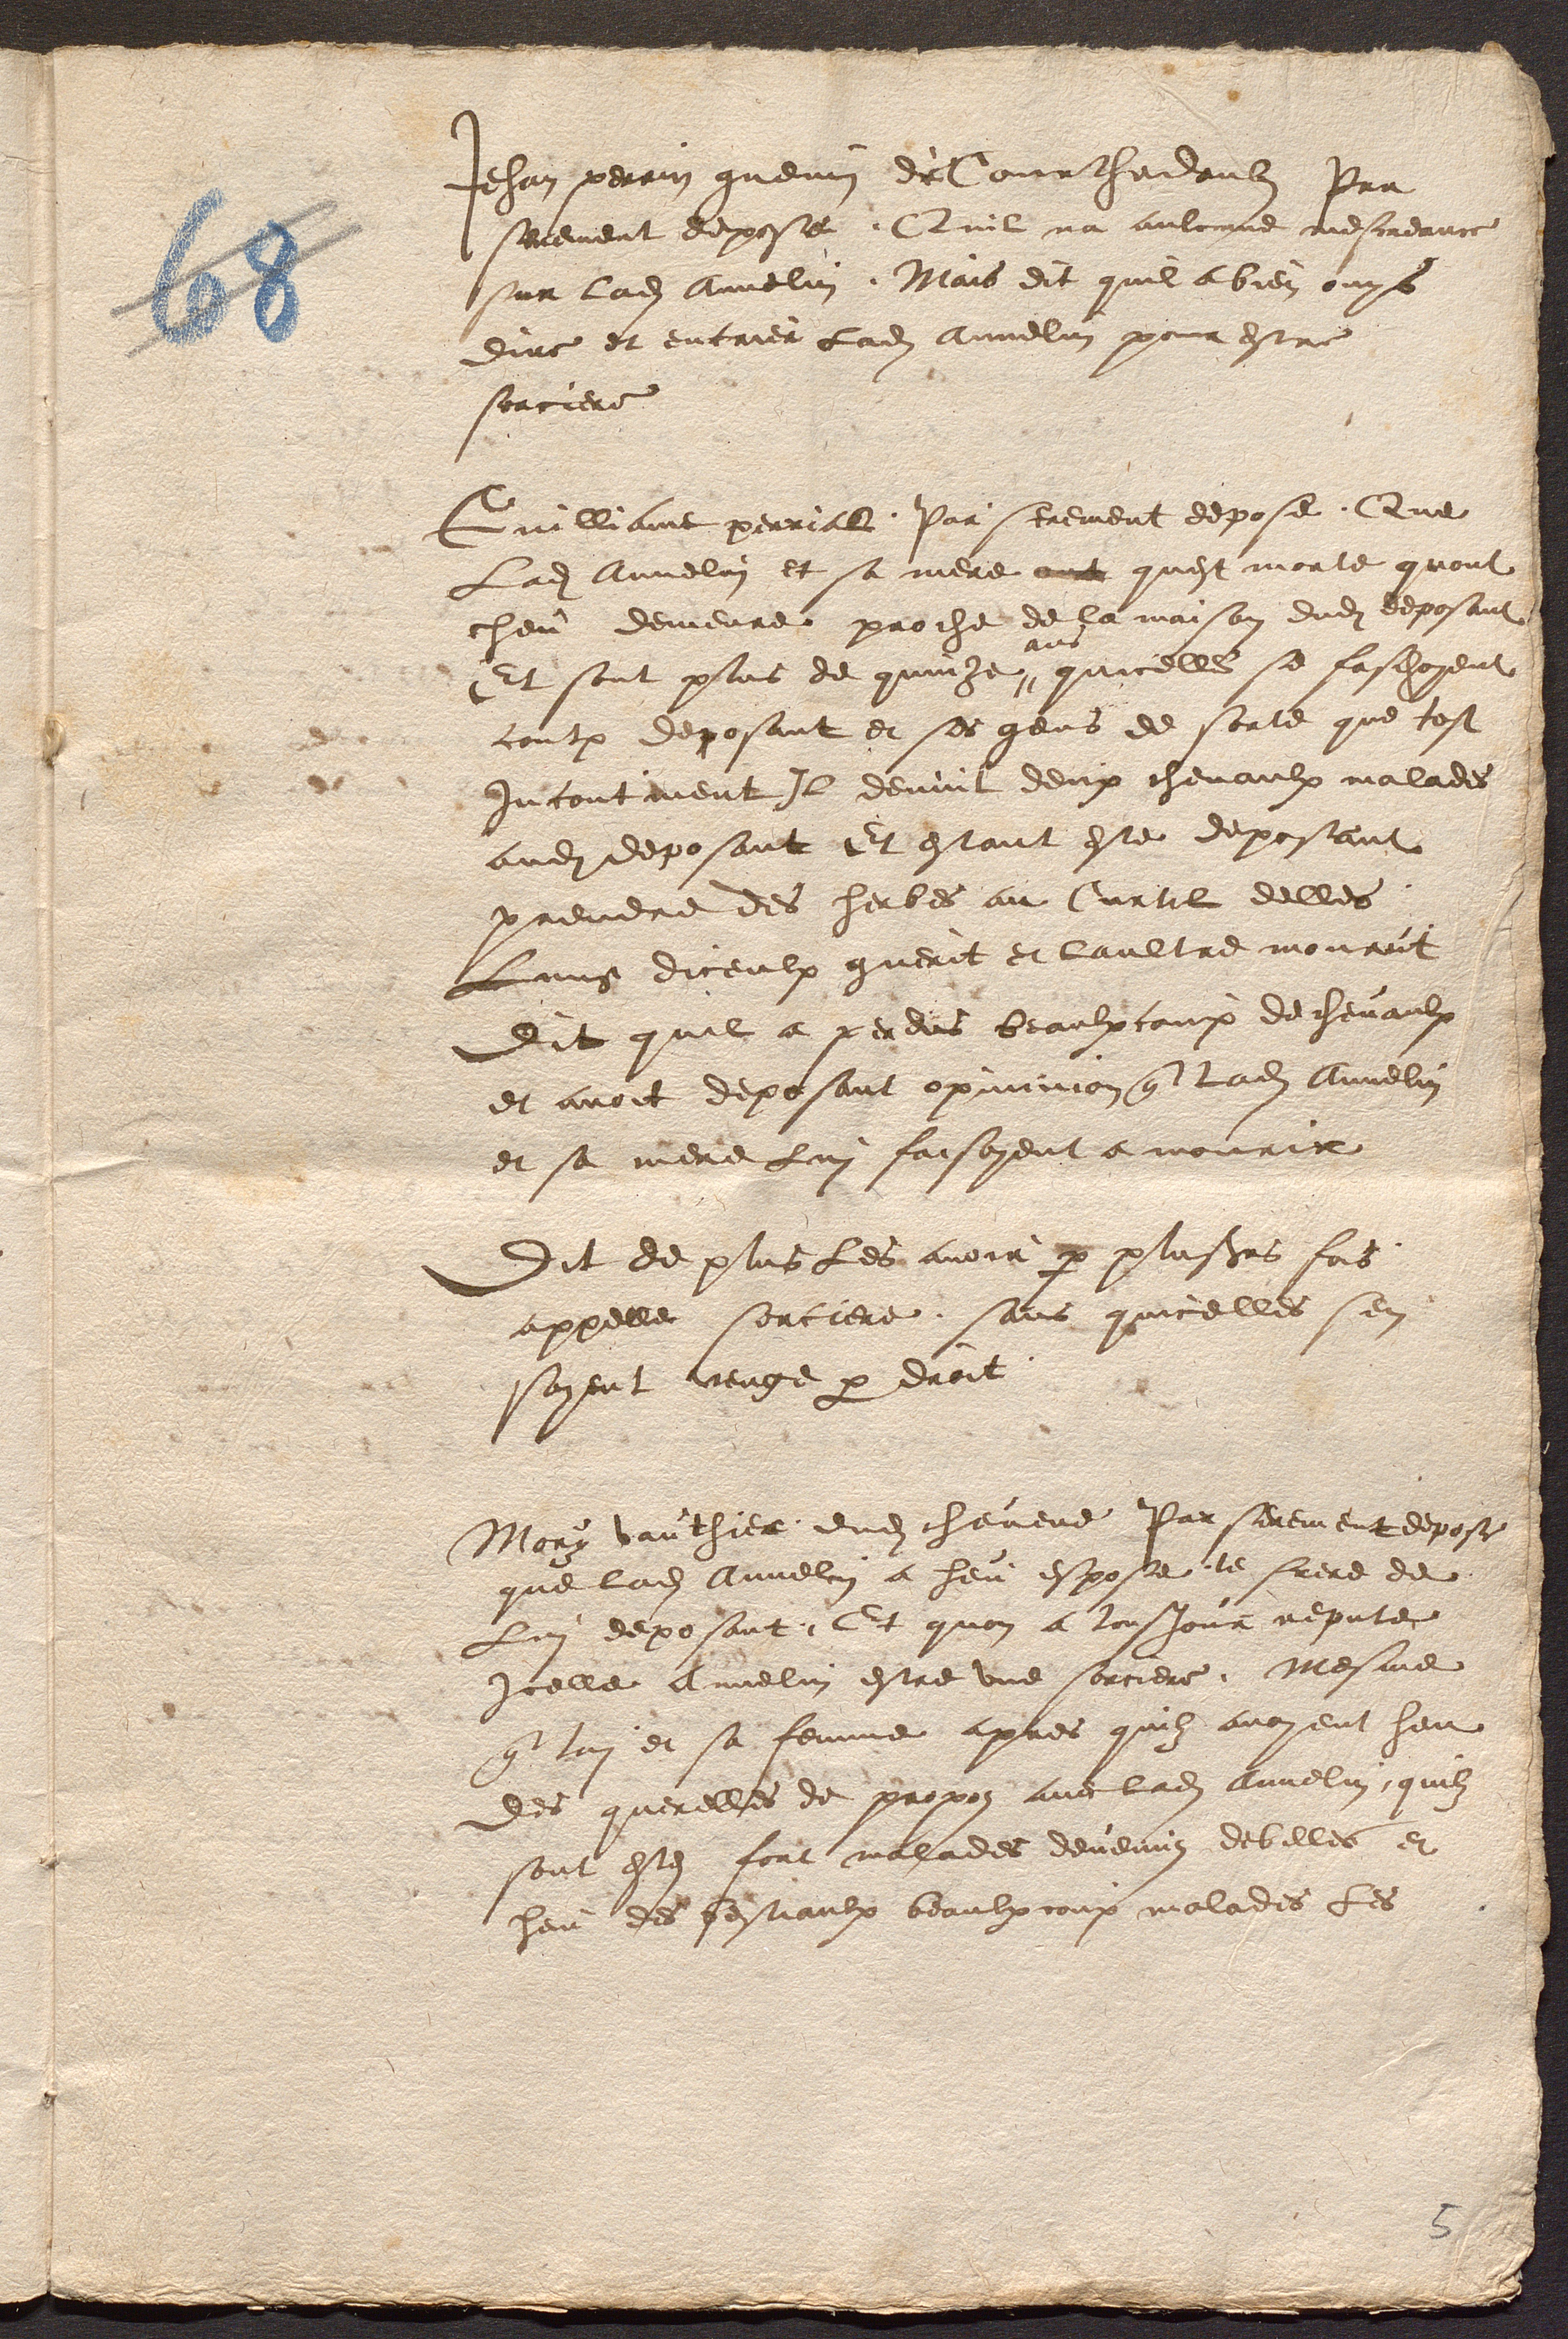
Jehan perrin guenin de Courthedoubs Par
serement depose, Quil na aulcune mescreance
sur ladite Annelin. Mais dit quil a bien ouys
dire et encrier Ladite Annelin pour estre
sorciere
Guilliame perriat, Par serement depose, Que
Ladite Annelin et sa mere ont quest morte quont
heu demeure proche de la maison dudit deposant
ans
Et sont plus de quinze quicelles se faschoyent
contre deposant et ses gens de sorte que tost
Incontinent Il devint deux chevaulx malades
audit deposant Et estant este deposant
prendre des herbes au Curtil delles
Lung diceulx guerit et laultre mourut
dit quil a perdus beaulxcoup de chevaulx
et avoit deposant opininion que ladite Annelin
et sa mere Lui faisoyent a mourir
Dit de plus Les avoir par plusieurs fois,
appelle sorciere, sans quicelles sen
soyent venge par droit.
Mory vauthier, dudit chevene Par serement depose
que ladite Annelin a heu espose, le frere de
Lui deposant ; Et quon a tousjour reputee
Icelle Annelin estre une sorciere. Mesme
que lui et sa femme apres quilz avoyent heu
des querelles de propos avec ladite Annelin, quilz
sont estes fort malades devenus debilles et
heu des bestiaulx beaulxcoup malades les